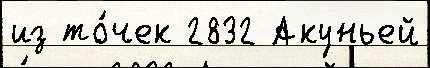
из то́чек 2832 Акуньей